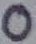
Text: 0